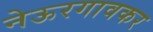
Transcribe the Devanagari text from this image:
नेऊरगावकर